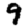
Digit: 9